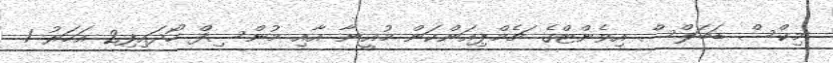
މިކްސް ޑަބަލްސް އިވެންޓްގެ ޗެމްޕިއަންކަން މުއީނާ އާއި މުންސިފް ހޯދައިފި2 އަހަރު 1